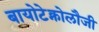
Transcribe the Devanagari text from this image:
बायोटेक्नोलौजी